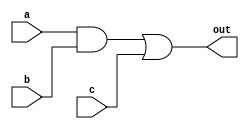
module D (out,a,b,c);
output out;
input a,b,c;
wire e;

and #(5) a1(e,a,b); //Delay of 5 on gate a1
or #(4) o1(out,e,c); //Delay of 4 on gate o1

endmodule